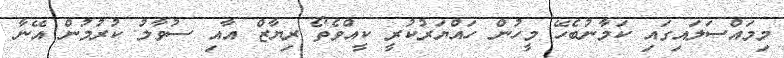
މިމައްސަލައިގައި ކަމާނުބެހޭ މީހުން ހައްޔަރުކުރީ ކީއްވެތޯ ރިޔާޒް އާއި ސުވާލު ކުރުމުން އޭނާ